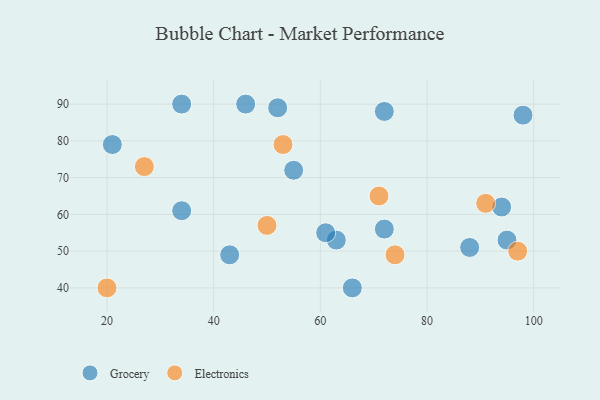
{"axis": {"x": "GDP", "y": "Life Expectancy"}, "legend": ["Electronics", "Grocery"], "data": [{"x": "72", "y": 56, "type": "Grocery"}, {"x": "95", "y": 53, "type": "Grocery"}, {"x": "46", "y": 90, "type": "Grocery"}, {"x": "88", "y": 51, "type": "Grocery"}, {"x": "94", "y": 62, "type": "Grocery"}, {"x": "98", "y": 87, "type": "Grocery"}, {"x": "43", "y": 49, "type": "Grocery"}, {"x": "34", "y": 90, "type": "Grocery"}, {"x": "21", "y": 79, "type": "Grocery"}, {"x": "55", "y": 72, "type": "Grocery"}, {"x": "34", "y": 61, "type": "Grocery"}, {"x": "66", "y": 40, "type": "Grocery"}, {"x": "52", "y": 89, "type": "Grocery"}, {"x": "63", "y": 53, "type": "Grocery"}, {"x": "72", "y": 88, "type": "Grocery"}, {"x": "61", "y": 55, "type": "Grocery"}, {"x": "91", "y": 63, "type": "Electronics"}, {"x": "71", "y": 65, "type": "Electronics"}, {"x": "97", "y": 50, "type": "Electronics"}, {"x": "53", "y": 79, "type": "Electronics"}, {"x": "20", "y": 40, "type": "Electronics"}, {"x": "50", "y": 57, "type": "Electronics"}, {"x": "74", "y": 49, "type": "Electronics"}, {"x": "27", "y": 73, "type": "Electronics"}]}